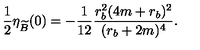
\frac { 1 } { 2 } \eta _ { \widetilde B } ( 0 ) = - \frac { 1 } { 1 2 } \frac { r _ { b } ^ { 2 } ( 4 m + r _ { b } ) ^ { 2 } } { ( r _ { b } + 2 m ) ^ { 4 } } .